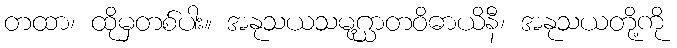
တထာ၊ ထိုမှတစ်ပါး။ အနုသယသမုဂ္ဃာတဝိဓာယိနီ၊ အနုသယတို့ကို